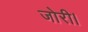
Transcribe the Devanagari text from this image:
जोरी।